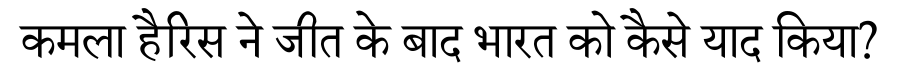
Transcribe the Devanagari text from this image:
कमला हैरिस ने जीत के बाद भारत को कैसे याद किया?